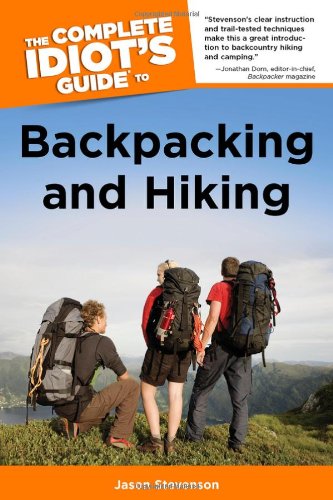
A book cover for The Complete Idiot's Guide to Backpacking and Hiking (Idiot's Guides); Jason Stevenson; Sports & Outdoors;